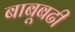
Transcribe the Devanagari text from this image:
बाबूबढी